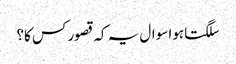
سلگتا ہوا سوال یہ کہ قصور کس کا؟